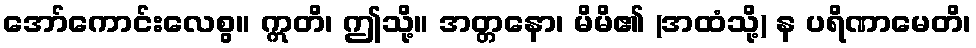
အော်ကောင်းလေစွ။ ဣတိ၊ ဤသို့။ အတ္တနော၊ မိမိ၏ (အထံသို့) န ပရိဏာမေတိ၊